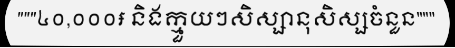
"""៤០,០០០៛ និងក្មួយៗសិស្សានុសិស្សចំនួន"""